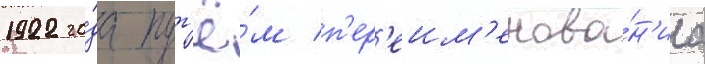
1922 го́да пут'ё́м п'ер'еим'енова́н'иа